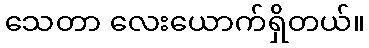
သေတာ လေးယောက်ရှိတယ်။